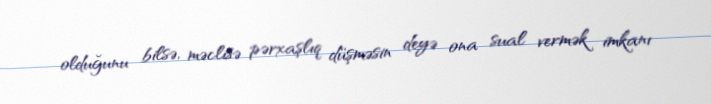
olduğunu bilsə, məclisə pərxaşlıq düşməsin deyə ona sual vermək imkanı